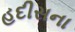
હદીસના